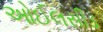
ઓઈલસીડ